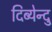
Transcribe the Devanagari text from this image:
दिब्येन्दु